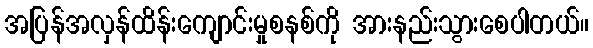
အပြန်အလှန်ထိန်းကျောင်းမှုစနစ်ကို အားနည်းသွားစေပါတယ်။